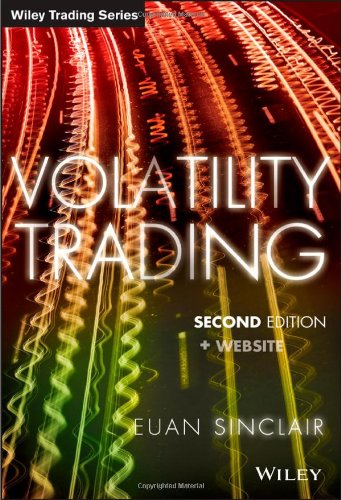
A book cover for Volatility Trading, + Website; Euan Sinclair; Business & Money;